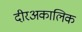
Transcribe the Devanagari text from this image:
दीरअकालिक